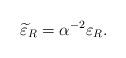
LaTeX: \begin{align*}\widetilde{\varepsilon}_R=\alpha^{-2}\varepsilon_R. \end{align*}